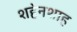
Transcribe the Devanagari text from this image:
शहेनशाह